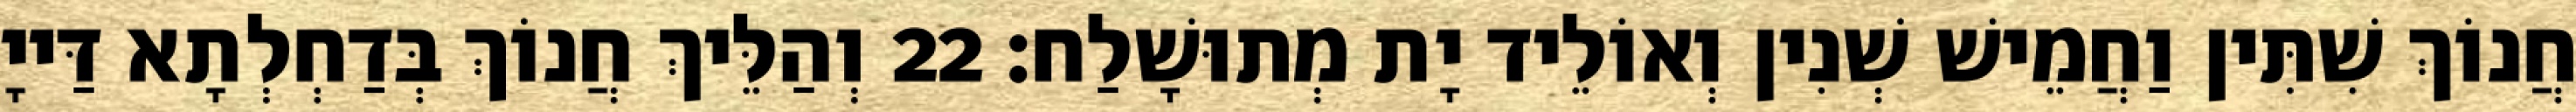
חֲנוֹךְ שִׁתִּין וַחֲמֵישׁ שְׁנִין וְאוֹלֵיד יָת מְתוּשָׁלַח׃ 22 וְהַלֵּיךְ חֲנוֹךְ בְּדַחְלְתָא דַּייָ